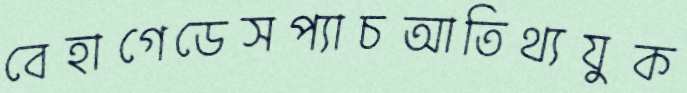
বেহাগেডেসপ্যাচআতিথ্যযুক